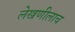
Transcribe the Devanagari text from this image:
लेखणीलाच